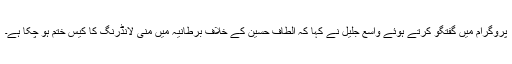
پروگرام میں گفتگو کرتے ہوئے واسع جلیل نے کہا کہ الطاف حسین کے خلاف برطانیہ میں منی لانڈرنگ کا کیس ختم ہو چکا ہے۔